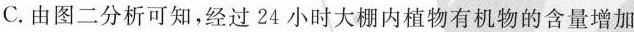
C.由图二分析可知，经过24小时大棚内植物有机物的含量增加